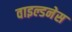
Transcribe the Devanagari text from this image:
वाइल्डनेस